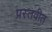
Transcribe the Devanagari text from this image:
प्रस्तवीत